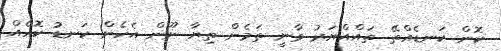
ކޮން ކަނޑެއްތޭ ތައްއްޔަރު ވާނީ ތަމެން ތިޔާ ނޫން އެހެން ކަނޑު ކޮހެއް